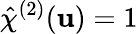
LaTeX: \hat{\chi}^{(2)}(\mathbf{u})=1